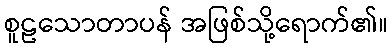
စူဠသောတာပန် အဖြစ်သို့ရောက်၏။